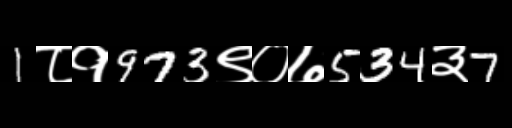
Text: 1८१973९०७534३7